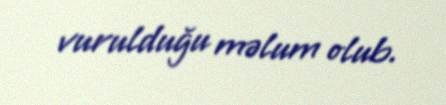
vurulduğu məlum olub.